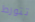
تتورط